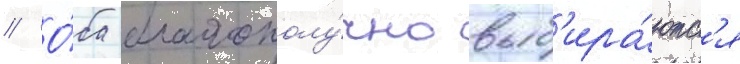
// О́ба благополу́чно выб'ира́ютс'я